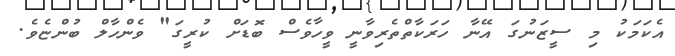
އެކަމަކު މި ސީޒަނުގަ އޭނާ ހަރަކާތްތެރިވާނީ ވީހާވެސް ބޮޑަށް ކުރީގަ" ވެންހާލް ބުންޏެވެ.